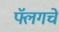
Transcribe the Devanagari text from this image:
फ्लॅगचे